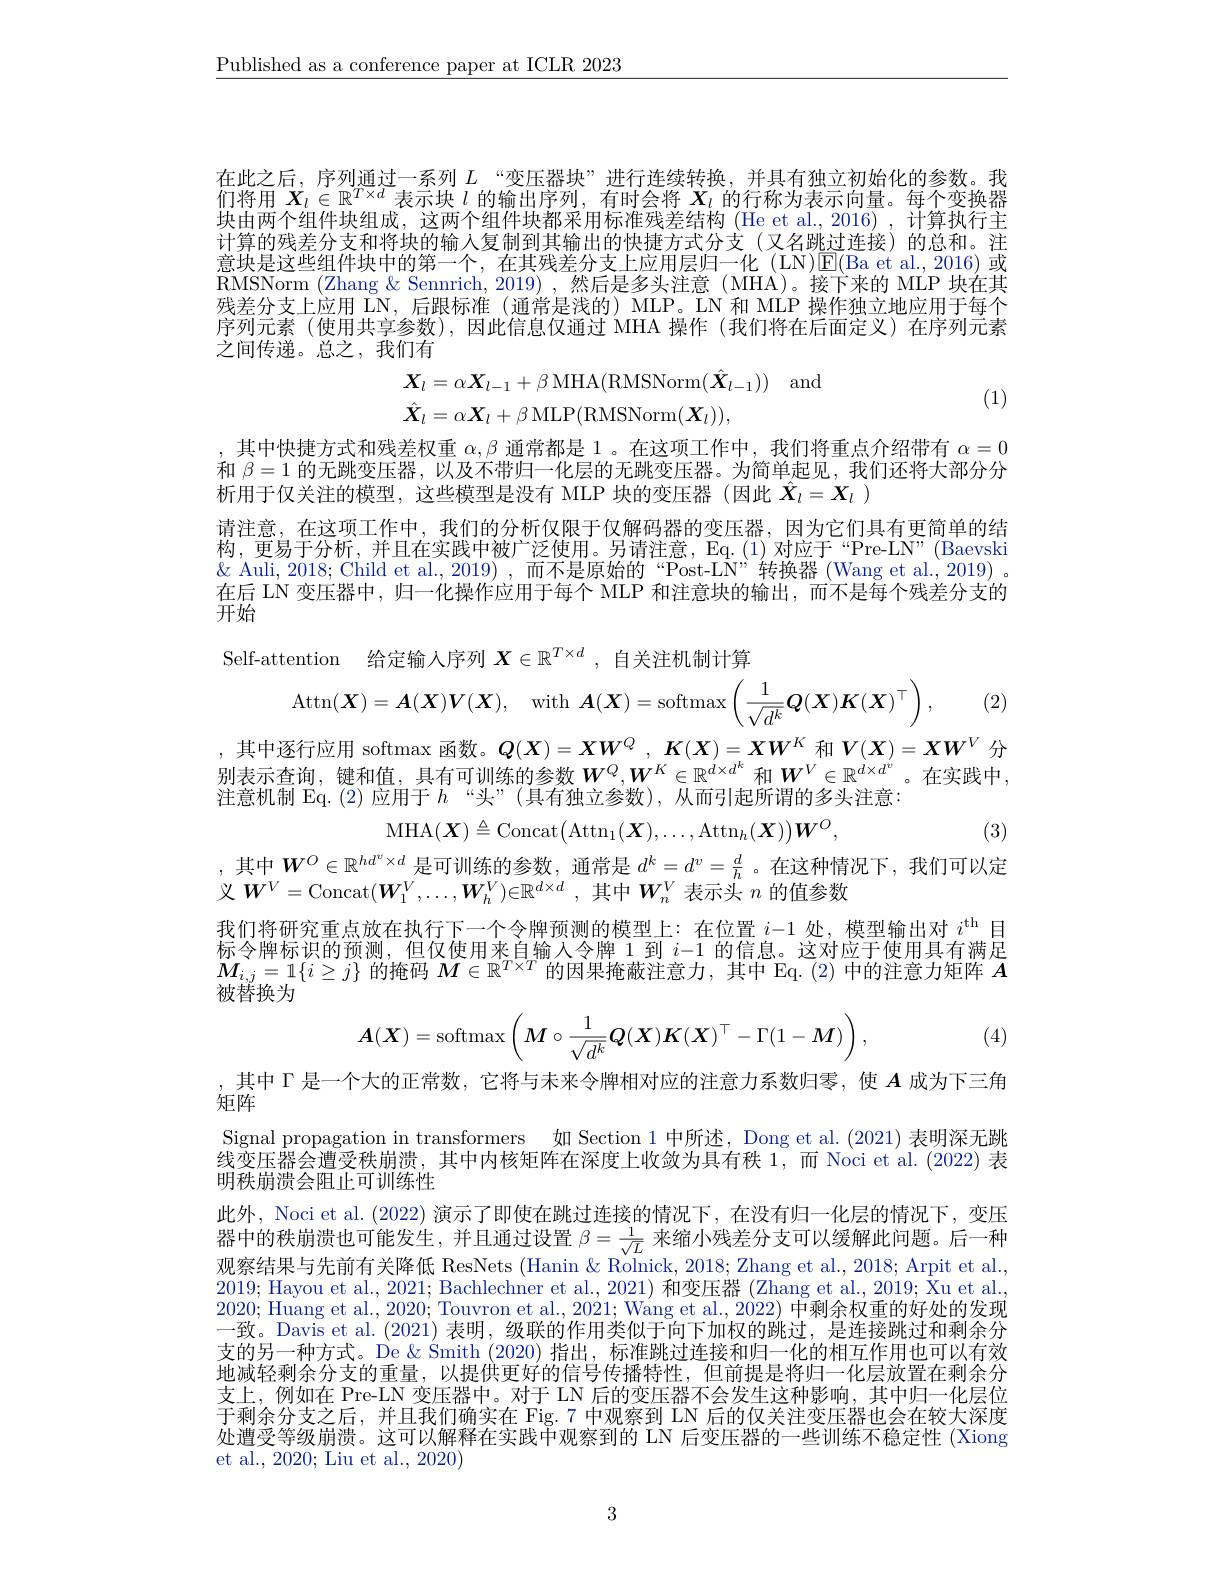
$\underline{\text{Published as a conferenc}}$

在此之后，序列通过一系列$L$ “变压器块”进行连续转换，并具有独立初始化的参数。我们将用$X_l\in\mathbb{R}^{T\times d}$表示块$l$的输出序列，有时会将$X_l$的行称为表示向量。每个变换器块由两个组件块组成，这两个组件块都采用标准残差结构(He 计算的残差分支和将块的输入复制到其输出的快捷方式分支(又意块是这些组件块中的第一个，在其残差分支上应用层归一化 (LN)[E(Ba et al., 2016) 或RMSNorm (Zhang & Sennrich, 2残差分支上应用 LN, 后跟标准 (通常是浅的) MLP。LN 和 MLP 操作独立地应用于每个序列元素 (使用共享参数),因此信息仅通过 MHA 操作之间传递。总之，我们有
$$\begin{aligned}&\boldsymbol{X}_{l}=\alpha\boldsymbol{X}_{l-1}+\beta\:\mathrm{MHA}(\mathrm{RMSNorm}(\hat{\boldsymbol{X}}_{l-1}))\quad\mathrm{and}\\&\hat{\boldsymbol{X}}_{l}=\alpha\boldsymbol{X}_{l}+\beta\:\mathrm{MLP}(\mathrm{RMSNorm}(\boldsymbol{X}_{l})),\end{aligned}$$
(1)

其中快捷方式和残差权重$\alpha,\beta$通常都是 1。在这项工作中，我们将重点介绍带有$\alpha=0$ 和$\beta=1$的无跳变压器，以及不带归一化层的无跳变压析用于仅关注的模型，这些模型是没有 MLP 块的变压器(因此$\hat{X}_l=X_l$ )
请注意，在这项工作中，我们的分析仅限于仅解码器的变压器，因为它们具有更简单的结构，更易于分析，并且在实践中被广泛使用。另请注意，Eq.(1)对应于“Pre-LN”(Baevski $\&$ Auli, 2018; Child et al., 2019) ,而不是原始的“Post-LN”转换器 (Wang et al., 2019) 。在后 LN 变压器中，归一化操作应用于每个 MLP 和注意块的输出，而不是每个残差分支的开始

Self-attention 给定输人序列$\boldsymbol{X}\in\mathbb{R}^{T\times d}$ ,自关注机制计算
$$\operatorname{Attn}(\boldsymbol{X})=\boldsymbol{A}(\boldsymbol{X})\boldsymbol{V}(\boldsymbol{X}),\quad\text{with}\:\boldsymbol{A}(\boldsymbol{X})=\operatorname{softmax}\left(\frac{1}{\sqrt{d^k}}\boldsymbol{Q}(\boldsymbol{X})\boldsymbol{K}(\boldsymbol{X})^\top\right),$$
(2)

其中逐行应用 softmax 函数。$Q(X)=XW^Q,K(X)=XW^K$和$V(X)=XW^V$分刷表示查询，键和值，具有可训练的参数$W^Q,W^K\in\mathbb{R}^{d\times d^k}$ 和 $W^V\in\mathbb{R}^d\times d^v$。在实践中， 注意机制 Eq. (2) 应用于$h$ “头”(具有独立参数),从而引起所谓的多头注意：
$$\mathrm{MHA}(\boldsymbol{X})\triangleq\mathrm{Concat}\big(\mathrm{Attn}_{1}(\boldsymbol{X}),\ldots,\mathrm{Attn}_{h}(\boldsymbol{X})\big)\boldsymbol{W}^{O},$$
(3)

,其中$W^O\in\mathbb{R}^{hd^v\times d}$是可训练的参数，通常是 $d^k=d^v=\frac dh$ 。在这种情况下，我们可以定
义$W^V=$Concat$(\boldsymbol W_{1}^{V},\ldots$,
我们将研究重点放在执行下一个令牌预测的模型上：在位置标令牌标识的预测，但仅使用来自输人令牌 1 到$i-1$的信息。这对应于使用具有满足$M_{i,j}=1\{i\geq j\}$的掩码$M\in\mathbb{R}^T\times T$的因果掩蔽注意力，其中 Eq.(2) 中的注意力矩阵$A$ 被替换为
$$\boldsymbol{A}(\boldsymbol{X})=\mathrm{softmax}\left(\boldsymbol{M}\circ\frac{1}{\sqrt{d^k}}\boldsymbol{Q}(\boldsymbol{X})\boldsymbol{K}(\boldsymbol{X})^\top-\Gamma(1-\boldsymbol{M})\right),$$
(4)

,其中$\Gamma$是一个大的正常数，它将与末来令牌相对应
矩阵

Signal propagation in transf 线变压器会遭受秩崩溃，其中内核矩阵在深度上收敛为具有秩 1,而 Noci et al.(2022) 表明秩崩溃会阻止可训练性
此外，Noci et al. (2022) 演示了即使器中的秩崩溃也可能发生，并且通过设置$\beta=\frac1{\sqrt{L}}$来缩小残差分支可以缓解此问题。后一种观察结果与先前有关降低 ResNets (Hanin & 2019; Hayou et al., 2021; Bachlechner et al., 2021) 和变压器 (Zhang et al., 2019; Xu et al. 2020; Huang et al., 2020; Touvron et al., 2021; Wang et al., 2022) 中剩余权重的好处的发现一致。Davis et al.(2021) 表明，级联的作用类似于向下加权的跳过，是连接跳过和剩余分支的另一种方式。De & Smith (2020) 指出，标准跳过连接和归一化的相互作用也可以有效地减轻剩余分支的重量，以提供更好的信号传播特性，但前提是将归一化层放置在剩余分支上，例如在 Pre-LN 变压器中。对于 LN 后的变压器不会发生这种影响，其中归一化层位于剩余分支之后，并且我们确实在 Fig.7 中观察到 LN 后的仅关注变压器也会在较大深度处遭受等级崩溃。这可以解释在实践中观察到的 LN 后变压器的一些训练不稳定性 (Xiong et al., 2020; Liu et al., 2020)

3